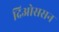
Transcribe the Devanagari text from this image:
दिओससन